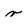
Character: r